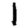
Digit: 1